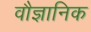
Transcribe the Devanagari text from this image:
वौज्ञानिक